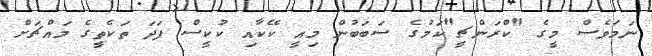
ނަމަވެސް މީގެ "ކްރަންޗީ"ކަމުގެ ސަބަބުން މިއީ ކޭކާއި ކުކީސް ފަދަ ތަކެތީގެ މައްޗަށް